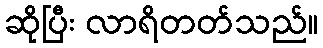
ဆိုပြီး လာရိတတ်သည်။